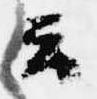
云